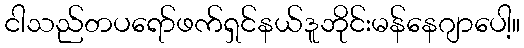
ငါသည်တပရော်ဖက်ရှင်နယ်ဒူဘိုင်းမန်နေဂျာပေါ့။